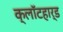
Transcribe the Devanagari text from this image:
क्लॉटहार्ड